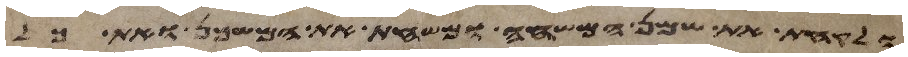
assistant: ולקחת את שמן המשחה ומשחת את המשכן ואת כל